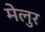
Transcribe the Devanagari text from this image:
मेलुर